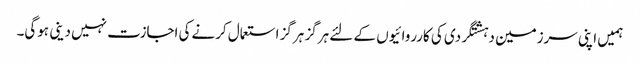
ہمیں اپنی سرزمین دہشتگردی کی کارروائیوں کے لئے ہرگز ہرگز استعمال کرنےکی اجازت نہیں دینی ہوگی۔